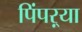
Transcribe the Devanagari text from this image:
पिंपऱ्या